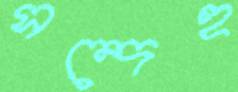
সন্দেহ